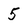
Character: 5